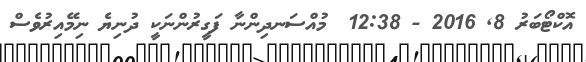
އޮކްޓޯބަރު 8